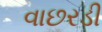
વાછરડી